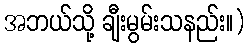
အဘယ်သို့ ချီးမွမ်းသနည်း။)